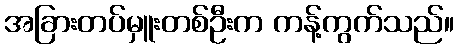
အခြားတပ်မှူးတစ်ဦးက ကန့်ကွက်သည်။